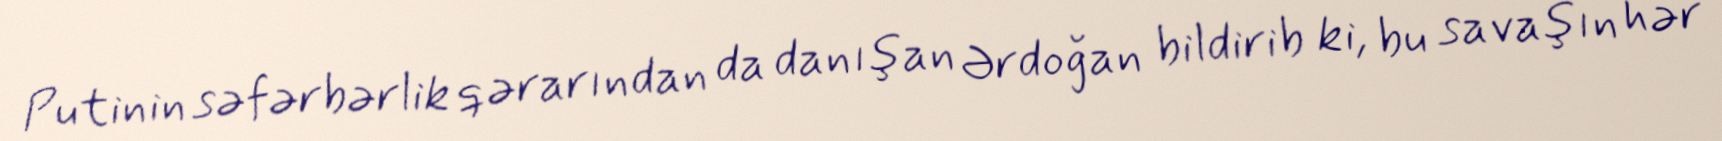
Putinin səfərbərlik qərarından da danışan Ərdoğan bildirib ki, bu savaşın hər